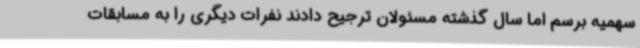
سهمیه برسم اما سال گذشته مسئولان ترجیح دادند نفرات دیگری را به مسابقات